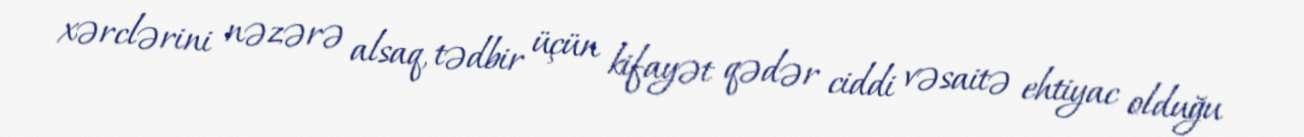
xərclərini nəzərə alsaq, tədbir üçün kifayət qədər ciddi vəsaitə ehtiyac olduğu